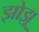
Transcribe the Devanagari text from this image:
झोझू